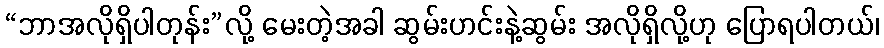
“ဘာအလိုရှိပါတုန်း”လို့ မေးတဲ့အခါ ဆွမ်းဟင်းနဲ့ဆွမ်း အလိုရှိလို့ဟု ပြောရပါတယ်၊